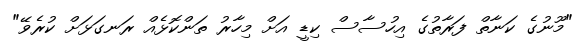
"މޫނުގެ ކަނާތް ފަރާތުގެ އިހުސާސް ކިޑީ އަށް މިހާރު ތަންކޮޅެއް ރަނގަޅަށް ކުރެވޭ"